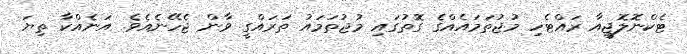
ޓެކްނޮލޮޖީއާ ރައްޓެހި މުޖުތަމައެއްގެ ގޮތުގައި މުޖުތަމައު ތަރައްގީ ވާން ޖެހޭނެއެވެ. އަނެއްކާ ތިޔަ